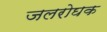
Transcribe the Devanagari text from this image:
जलरोघक